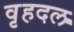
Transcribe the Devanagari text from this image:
वृहदल